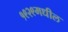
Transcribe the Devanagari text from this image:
१९२९मधील